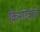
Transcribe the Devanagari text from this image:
किनारेवालें